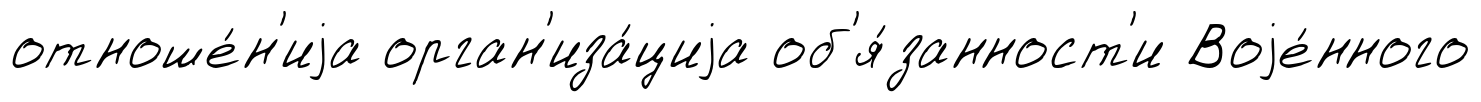
отноше́н'иjа орган'иза́циjа об'я́занност'и Воjе́нного